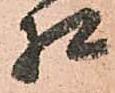
相